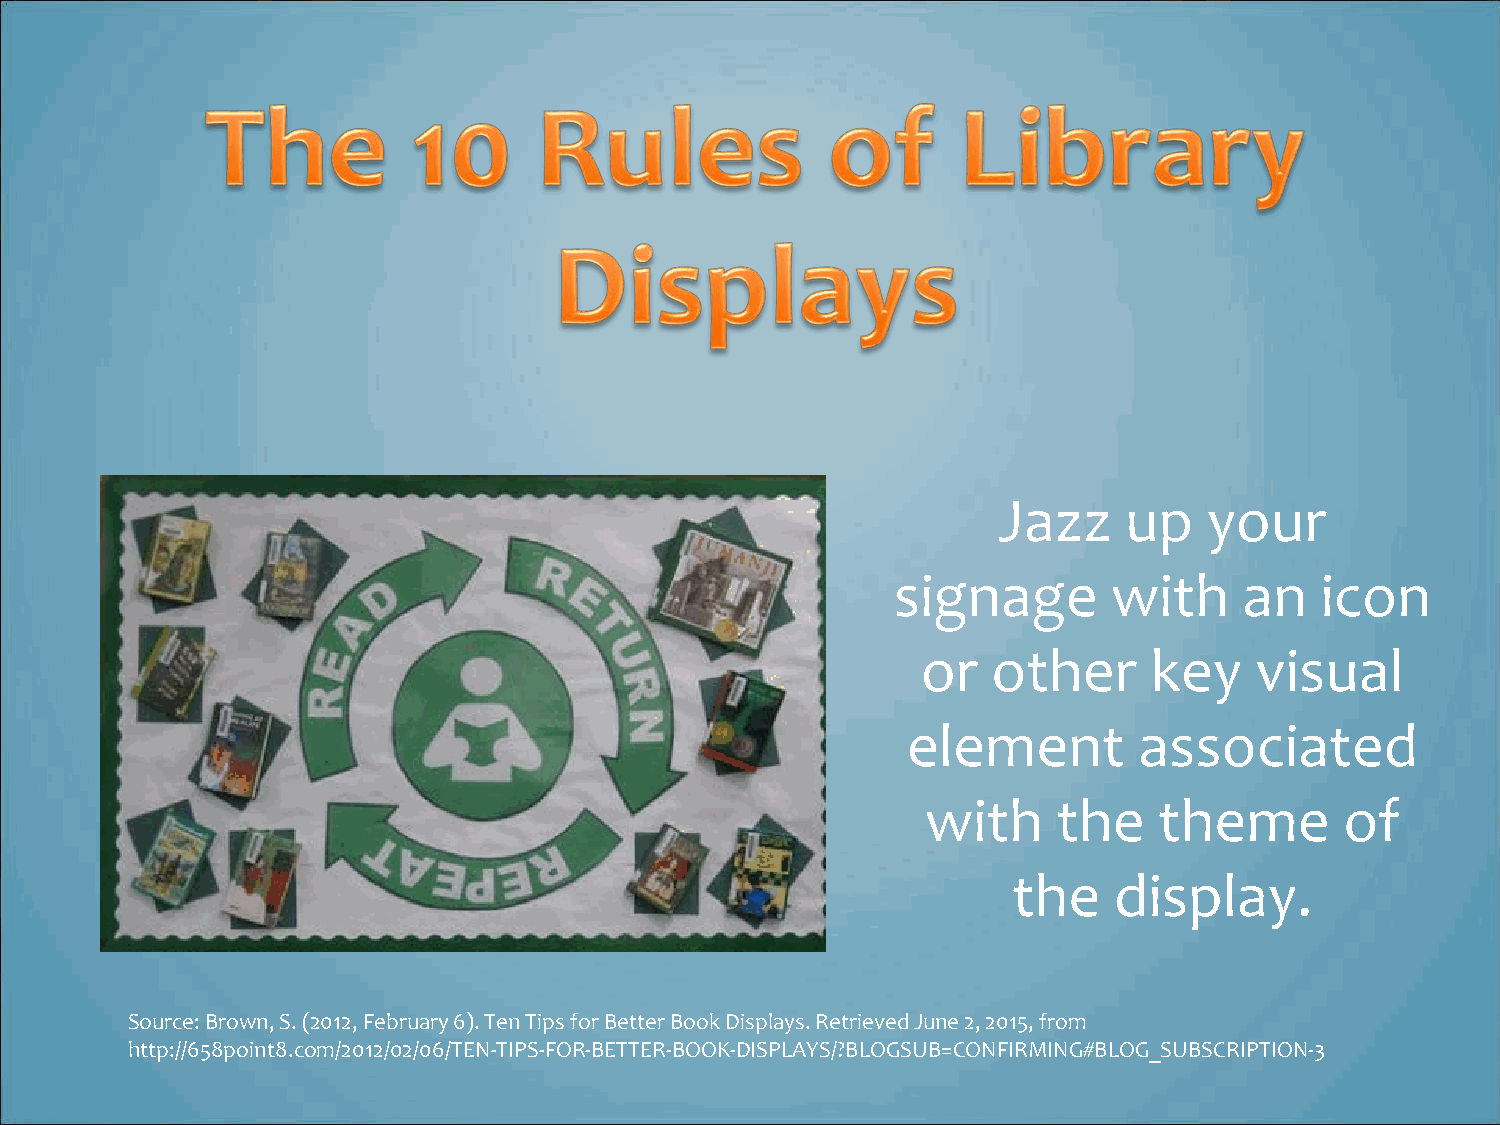
Jazz    up    your
 signage        with    an   icon
 or   other     key    visual
 element        associated
 with     the    theme       of
 the    display.
 Source: Brown, S. (2012, February 6). Ten Tips for Better Book Displays. Retrieved June 2, 2015, from
 http://658point8.com/2012/02/06/TEN-TIPS-FOR-BETTER-BOOK-DISPLAYS/?BLOGSUB=CONFIRMING#BLOG_SUBSCRIPTION-3